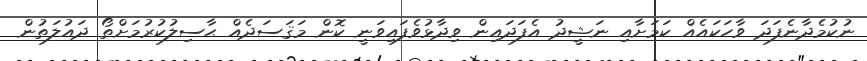
ނުކުމެދާނެފަދަ ވާހަކައެއް ކަމަށާއި ނަޝީދު އެފަދައިން ވިދާޅުވެފައިވަނީ ކޮން މަޤަސަދެއް ޙާސިލުކުރުމަށްތޯ ދައުލަތުން